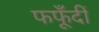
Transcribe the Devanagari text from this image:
फफूँदीं